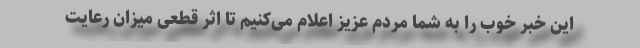
این خبر خوب را به شما مردم عزیز اعلام می‌کنیم تا اثر قطعی میزان رعایت